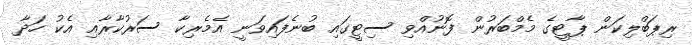
ރިޕަބްލިކަން ޕާޓީގެ މެމްބަރުން ފޮނުއްވި ސިޓީގައި ބުނެފައިވަނީ އެމެރިކާ ސަރުކާރާއި އެކު ހަދާ